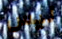
ليس